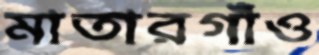
মাতারগাঁও